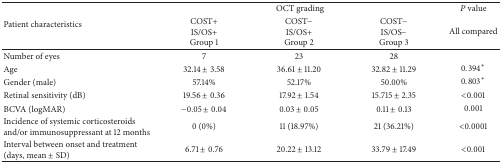
| <ROWSPAN=2> Patient characteristics | <COLSPAN=3> OCT grading | P value |
 | COST+IS/OS+Group 1 | COST−IS/OS+Group 2 | COST−IS/OS−Group 3 | All compared |
 | --- | --- | --- | --- | --- |
 | Number of eyes | 7 | 23 | 28 |  |
 | Age | 32.14 ± 3.58 | 36.61 ± 11.20 | 32.82 ± 11.29 | 0.394∗ |
 | Gender (male) | 57.14% | 52.17% | 50.00% | 0.803∗ |
 | Retinal sensitivity (dB) | 19.56 ± 0.36 | 17.92 ± 1.54 | 15.715 ± 2.35 | <0.001 |
 | BCVA (logMAR) | −0.05 ± 0.04 | 0.03 ± 0.05 | 0.11 ± 0.13 | 0.001 |
 | Incidence of systemic corticosteroids and/or immunosuppressant at 12 months | 0 (0%) | 11 (18.97%) | 21 (36.21%) | <0.0001 |
 | Interval between onset and treatment (days, mean ± SD) | 6.71 ± 0.76 | 20.22 ± 13.12 | 33.79 ± 17.49 | <0.001 |